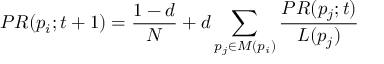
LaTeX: P R ( p _ { i } ; t + 1 ) = { \frac { 1 - d } { N } } + d \sum _ { p _ { j } \in M ( p _ { i } ) } { \frac { P R ( p _ { j } ; t ) } { L ( p _ { j } ) } }